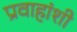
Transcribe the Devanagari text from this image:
प्रवाहांशी